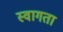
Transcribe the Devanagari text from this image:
स्वागता